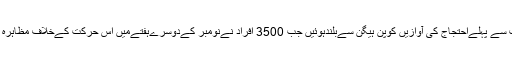
سب سے پہلےاحتجاج کی آوازیں کوپن ہیگن سےبلندہوئیں جب 3500 افراد نےنومبر کےدوسرےہفتےمیں اس حرکت کےخلاف مظاہرہ کیا۔